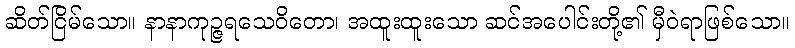
ဆိတ်ငြိမ်သော။ နာနာကုဉ္ဇရသေဝိတော၊ အထူးထူးသော ဆင်အပေါင်းတို့၏ မှီဝဲရာဖြစ်သော။